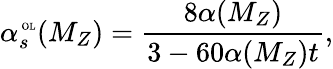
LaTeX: \alpha_{s}^{\mathrm{\tiny~OL}}(M_{Z})=\frac{8\alpha({M_{Z}})}{3-60\alpha(M_{Z})t},